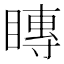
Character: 䁣